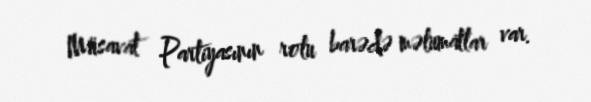
Müsavat Partiyasının rolu barədə məlumatlar var.